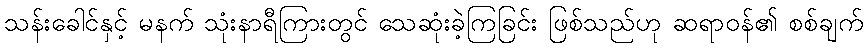
သန်းခေါင်နှင့် မနက် သုံးနာရီကြားတွင် သေဆုံးခဲ့ကြခြင်း ဖြစ်သည်ဟု ဆရာဝန်၏ စစ်ချက်